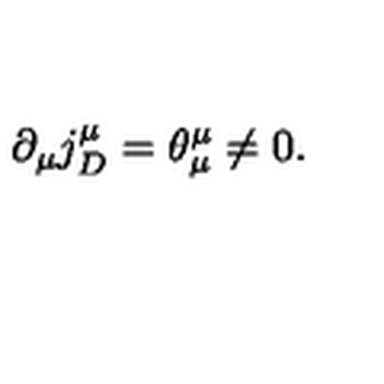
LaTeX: \partial _ { \mu } j _ { D } ^ { \mu } = \theta _ { \mu } ^ { \mu } \neq 0 .